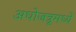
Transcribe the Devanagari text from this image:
अधोजत्रूमध्ये